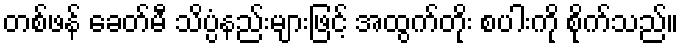
တစ်ဖန် ခေတ်မီ သိပ္ပံနည်းများဖြင့် အထွက်တိုး စပါးကို စိုက်သည်။